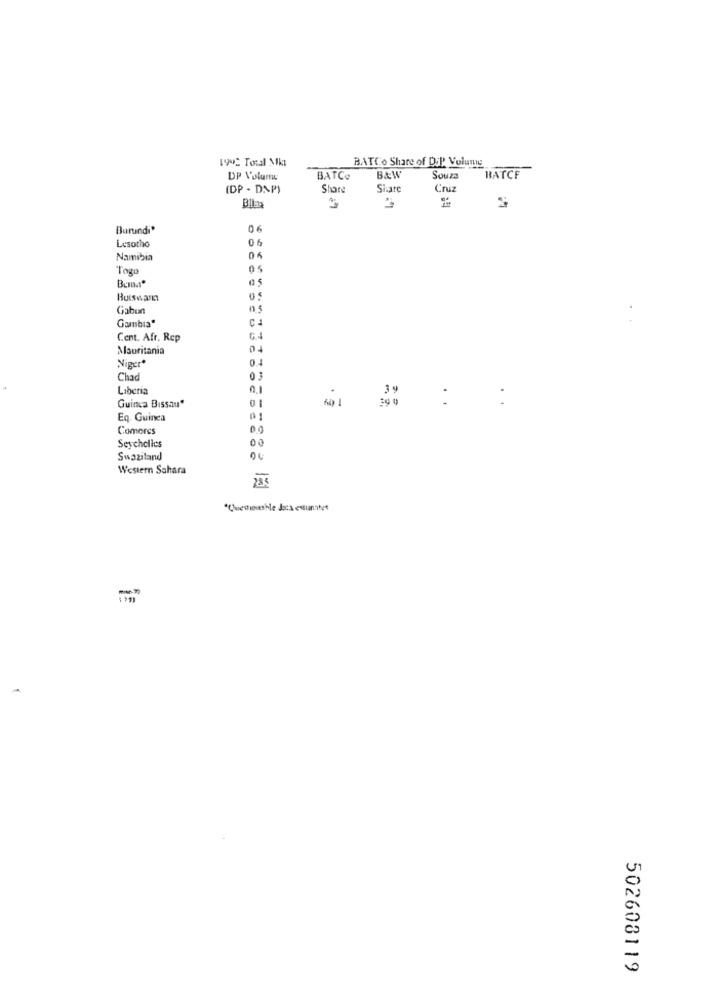
1942 Total Mkt
BATCo Share of DiP Volume
DP Volume
BATCe
B&W
Souza
BATCF
(DP - DNP)
Share
Share
Cruz
Bllas
Burundi*
06
Lesotho
06
Namibia
04
Togo
05
05
Butsean
Gabun
0.5
Gambia"
C4
Cent. Afr. Rep
Mauritania
Niger
Chad
03
Liberia
Guinea Bissau"
39
39 0
:
:
Eq. Guinea
01
Comores
0.0
00
Seychelles
Swaziland
00
Western Sahara
*Questions he Jarx estunster
502608119